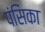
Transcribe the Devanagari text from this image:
पंसिका